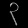
Digit: ၃